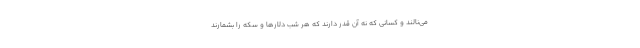
می‌نالند و کسانی که نه آن قدر دارند که هر شب دلارها و سکه را بشمارند